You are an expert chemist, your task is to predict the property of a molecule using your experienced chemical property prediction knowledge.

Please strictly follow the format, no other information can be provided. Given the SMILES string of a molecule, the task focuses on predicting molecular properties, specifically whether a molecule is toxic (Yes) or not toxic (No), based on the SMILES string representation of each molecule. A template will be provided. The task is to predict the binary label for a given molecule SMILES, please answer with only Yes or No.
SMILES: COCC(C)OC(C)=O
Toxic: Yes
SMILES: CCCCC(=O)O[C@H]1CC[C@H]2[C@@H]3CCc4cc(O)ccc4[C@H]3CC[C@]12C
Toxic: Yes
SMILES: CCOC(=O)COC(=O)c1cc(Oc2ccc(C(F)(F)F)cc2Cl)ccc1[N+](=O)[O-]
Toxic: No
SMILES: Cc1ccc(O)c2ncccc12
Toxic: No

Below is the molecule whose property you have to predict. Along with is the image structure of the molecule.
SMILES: CCC(=O)O[C@@](Cc1ccccc1)(c1ccccc1)[C@@H](C)CN(C)C.O=S(=O)(O)c1ccc2ccccc2c1
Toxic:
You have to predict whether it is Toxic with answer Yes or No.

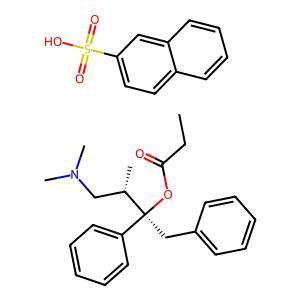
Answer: No